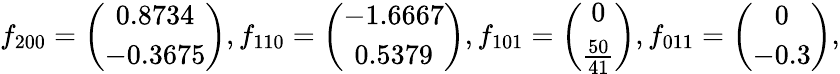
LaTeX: f_{200}=\left(\begin{array}{c}{0.8734}\\ {-0.3675}\end{array}\right),f_{110}=\left(\begin{array}{c}{-1.6667}\\ {0.5379}\end{array}\right),f_{101}=\left(\begin{array}{c}{0}\\ {\frac{50}{41}}\end{array}\right),f_{011}=\left(\begin{array}{c}{0}\\ {-0.3}\end{array}\right),